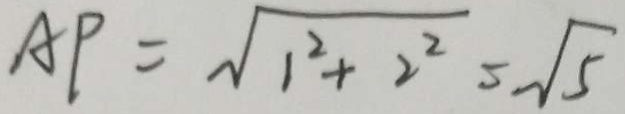
A P = \sqrt { 1 ^ { 2 } + 2 ^ { 2 } } = \sqrt { 5 }